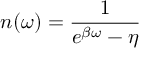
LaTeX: n ( \omega ) = \frac { 1 } { e ^ { \beta \omega } - \eta }